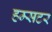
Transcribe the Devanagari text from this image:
हम्सटर